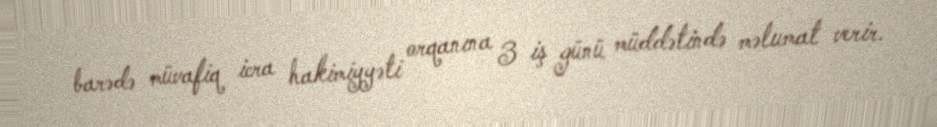
barədə müvafiq icra hakimiyyəti orqanına 3 iş günü müddətində məlumat verir.